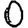
Digit: 0